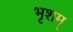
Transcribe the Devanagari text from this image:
भृशम्‌